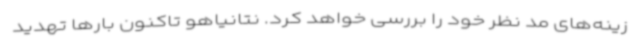
زینه‌های مد نظر خود را بررسی خواهد کرد. نتانیاهو تاکنون بارها تهدید